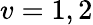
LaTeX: v=1,2